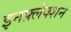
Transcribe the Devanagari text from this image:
इनफ़्लेक्शन